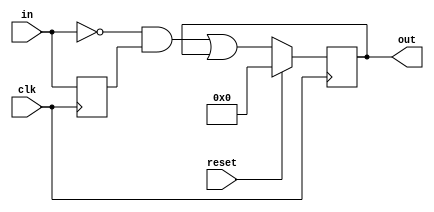
module top_module (
    input clk,
    input reset,
    input [31:0] in,
    output [31:0] out
);
    reg [31:0] lastIn;
    // I don't know why this is wrong
    // always@(posedge clk or posedge reset) begin
    always@(posedge clk) begin
        lastIn<=in;
        if(reset)
            out<=32'd0;
        else
            out<=(~in&lastIn)|out; 
    end
endmodule